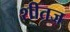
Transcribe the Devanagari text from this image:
शीतज